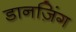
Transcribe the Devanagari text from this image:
डानज़िंग